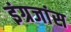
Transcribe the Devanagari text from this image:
इंग्रजांस